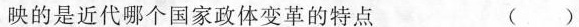
映的是近代哪个国家政体变革的特点 ( )